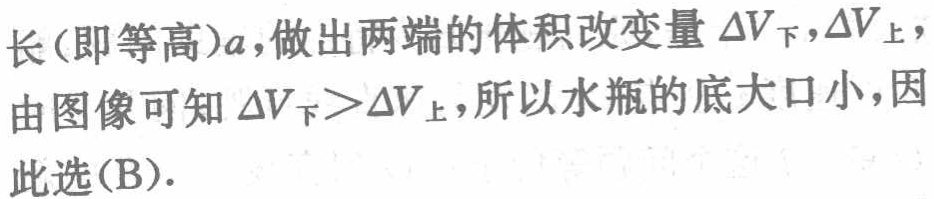
长(即等高)\(a\),做出两端的体积改变量\(\Delta V_{下},\Delta V_{上}\),
由图像可知\(\Delta V_{下}>\Delta V_{上}\),所以水瓶的底大口小,因
此选(B).